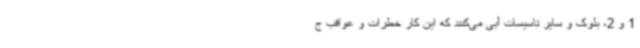
1 و 2، بلوک و سایر تاسیسات آبی می‌کنند که این کار خطرات و عواقب ج